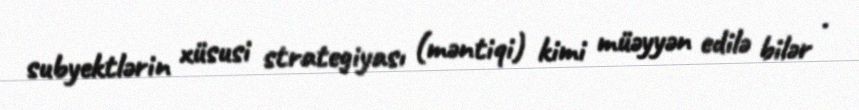
subyektlərin xüsusi strategiyası (məntiqi) kimi müəyyən edilə bilər .